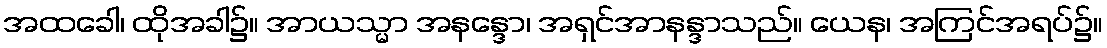
အထခေါ၊ ထိုအခါ၌။ အာယသ္မာ အနန္ဒော၊ အရှင်အာနန္ဒာသည်။ ယေန၊ အကြင်အရပ်၌။